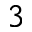
3